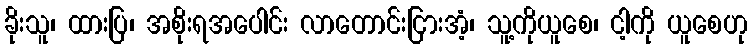
ခိုးသူ၊ ထားပြ၊ အစိုးရအပေါင်း လာတောင်းငြားအံ့၊ သူ့ကိုယူစေ၊ ငါ့ကို ယူစေဟု